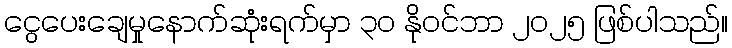
ငွေပေးချေမှုနောက်ဆုံးရက်မှာ ၃၀ နိုဝင်ဘာ ၂၀၂၅ ဖြစ်ပါသည်။